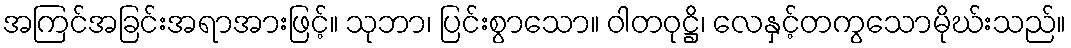
အကြင်အခြင်းအရာအားဖြင့်။ သုဘာ၊ ပြင်းစွာသော။ ဝါတဝုဋ္ဌိ၊ လေနှင့်တကွသောမိုဃ်းသည်။